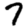
Digit: 7